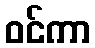
ဝင်ကာ